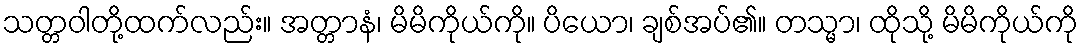
သတ္တဝါတို့ထက်လည်း။ အတ္တာနံ၊ မိမိကိုယ်ကို။ ပိယော၊ ချစ်အပ်၏။ တသ္မာ၊ ထိုသို့ မိမိကိုယ်ကို